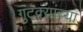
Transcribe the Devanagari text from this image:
गुटक्यांच्या